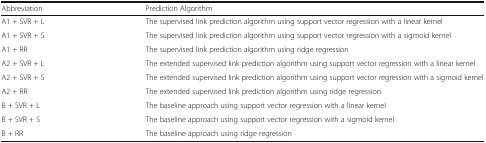
<table><thead><tr><td><b>Abbreviation</b></td><td><b>Prediction Algorithm</b></td></tr></thead><tbody><tr><td>A1 + SVR + L</td><td>The supervised link prediction algorithm using support vector regression with a linear kernel</td></tr><tr><td>A1 + SVR + S</td><td>The supervised link prediction algorithm using support vector regression with a sigmoid kernel</td></tr><tr><td>A1 + RR</td><td>The supervised link prediction algorithm using ridge regression</td></tr><tr><td>A2 + SVR + L</td><td>The extended supervised link prediction algorithm using support vector regression with a linear kernel</td></tr><tr><td>A2 + SVR + S</td><td>The extended supervised link prediction algorithm using support vector regression with a sigmoid kernel</td></tr><tr><td>A2 + RR</td><td>The extended supervised link prediction algorithm using ridge regression</td></tr><tr><td>B + SVR + L</td><td>The baseline approach using support vector regression with a linear kernel</td></tr><tr><td>B + SVR + S</td><td>The baseline approach using support vector regression with a sigmoid kernel</td></tr><tr><td>B + RR</td><td>The baseline approach using ridge regression</td></tr></tbody></table>